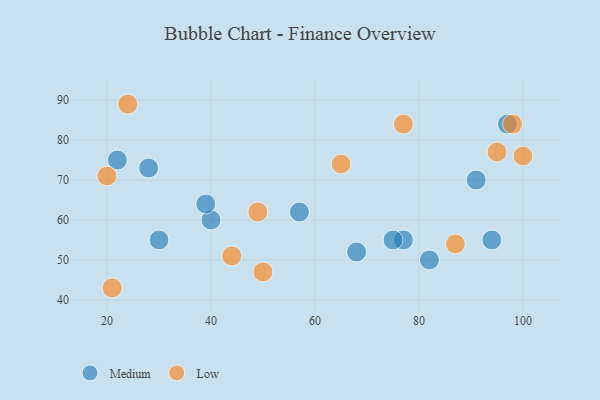
{"axis": {"x": "GDP", "y": "Life Expectancy"}, "legend": ["Low", "Medium"], "data": [{"x": "68", "y": 52, "type": "Medium"}, {"x": "57", "y": 62, "type": "Medium"}, {"x": "30", "y": 55, "type": "Medium"}, {"x": "82", "y": 50, "type": "Medium"}, {"x": "77", "y": 55, "type": "Medium"}, {"x": "28", "y": 73, "type": "Medium"}, {"x": "91", "y": 70, "type": "Medium"}, {"x": "40", "y": 60, "type": "Medium"}, {"x": "94", "y": 55, "type": "Medium"}, {"x": "39", "y": 64, "type": "Medium"}, {"x": "22", "y": 75, "type": "Medium"}, {"x": "75", "y": 55, "type": "Medium"}, {"x": "97", "y": 84, "type": "Medium"}, {"x": "21", "y": 43, "type": "Low"}, {"x": "100", "y": 76, "type": "Low"}, {"x": "98", "y": 84, "type": "Low"}, {"x": "49", "y": 62, "type": "Low"}, {"x": "65", "y": 74, "type": "Low"}, {"x": "50", "y": 47, "type": "Low"}, {"x": "20", "y": 71, "type": "Low"}, {"x": "95", "y": 77, "type": "Low"}, {"x": "24", "y": 89, "type": "Low"}, {"x": "87", "y": 54, "type": "Low"}, {"x": "77", "y": 84, "type": "Low"}, {"x": "44", "y": 51, "type": "Low"}]}